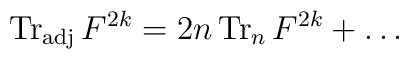
\mathop{\rm Tr_{\rm adj}}F^{2k} =  2n\mathop{{\rm Tr}_n}F^{2k} + \ldots